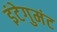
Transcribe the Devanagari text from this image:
इंटेगुमंट